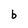
Character: b